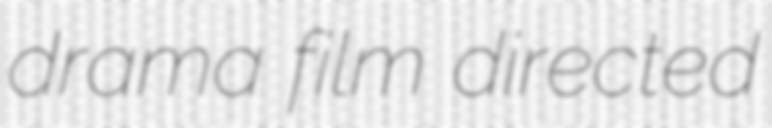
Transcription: drama film directed